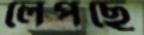
লেপছে